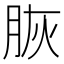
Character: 脄